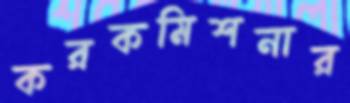
করকমিশনার